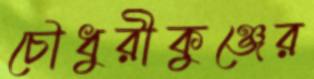
চৌধুরীকুঞ্জের